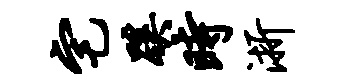
宅蹊时浙